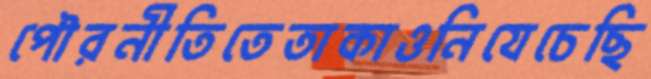
পৌরনীতিতেতাকাওনিযেচেছি